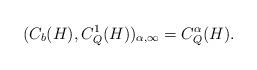
LaTeX: \begin{gather*}(C_b(H) , C^1_Q(H))_{\alpha , \infty} = C^{\alpha}_Q(H).\end{gather*}